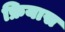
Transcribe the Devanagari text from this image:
फ्रियास